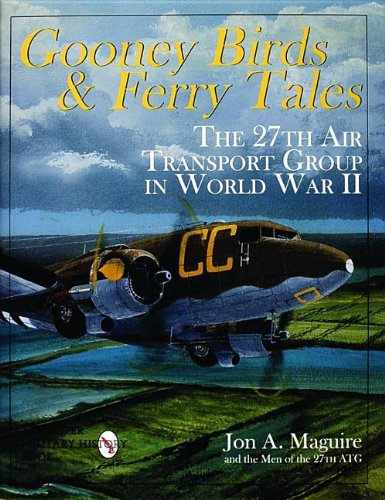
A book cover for Gooney Birds and Ferry Tales: The 27th Air Transport Group in World War II (Schiffer Military History); the Men of the 27th ATG; History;